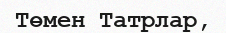
Төмен Татрлар,